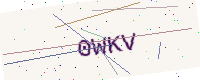
Text: 0WKV